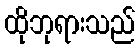
ထိုဘုရားသည်